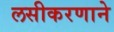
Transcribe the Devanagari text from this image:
लसीकरणाने